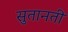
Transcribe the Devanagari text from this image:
सुतानती